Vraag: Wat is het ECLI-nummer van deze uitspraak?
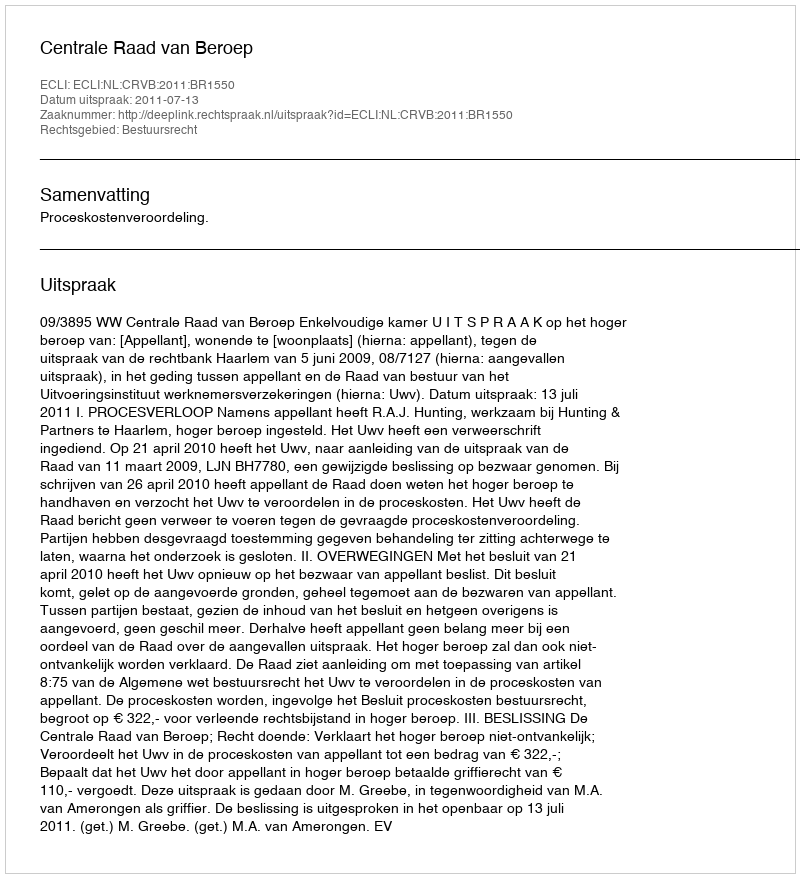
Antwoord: ECLI:NL:CRVB:2011:BR1550